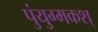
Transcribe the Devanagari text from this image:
पुंयुग्मकश्